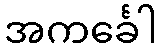
အကင်္ခေါ